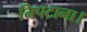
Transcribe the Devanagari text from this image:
निपटाना।